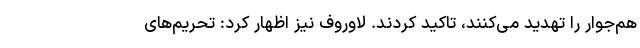
هم‌جوار را تهدید می‌کنند، تاکید کردند. لاوروف نیز اظهار کرد: تحریم‌های